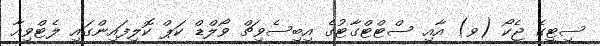
ސިޓީގެ ޖެކޯ (ވ) އާއި ސްޓްޓްގާޓުގެ އިބިސެވިޗް ވޯލްޑް ކަޕް ކޮލިފައިންގައި ލެޓްވިއާ